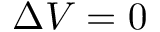
\Delta V = 0